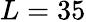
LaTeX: L=35